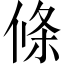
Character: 條